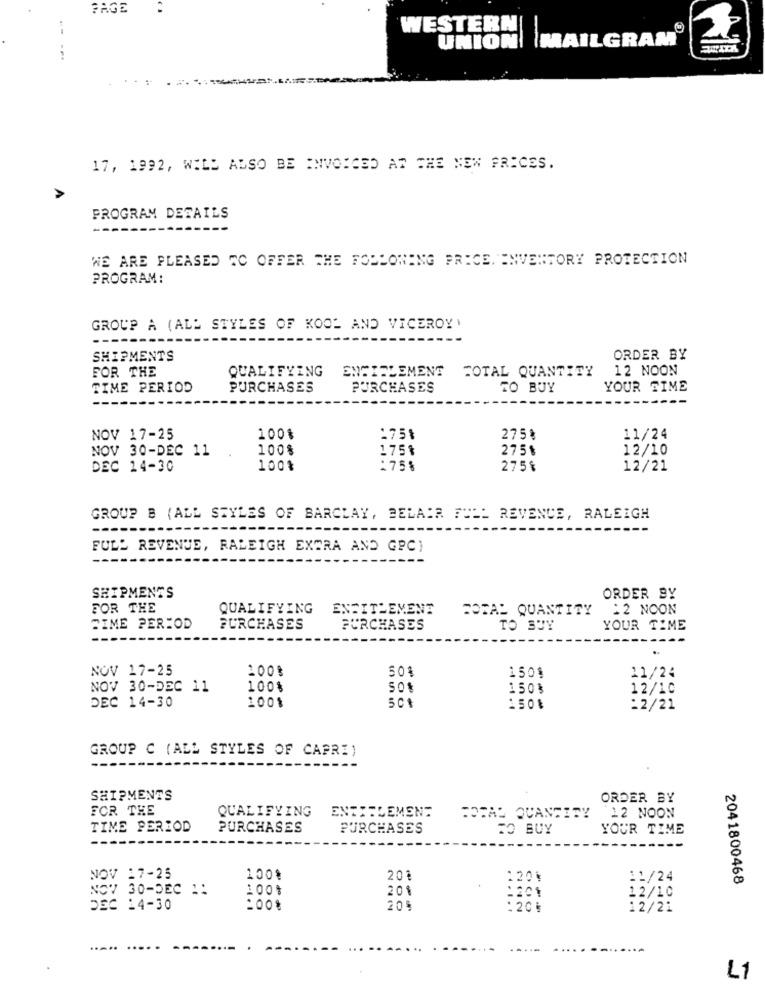
FAGE
WESTERN
UNION| |MAILGRAM
17, 1992, WILD ALSO BE INVOICED AT THE NEW PRICES.
PROGRAM DETAILS
--
WE ARE PLEASED TO OFFER THE FOLLOWING PRICE, INVENTORY PROTECTION
PROGRAM:
GROUP A (ALL STYLES OF KOOL AND VICEROY)
SHIPMENTS
ORDER BY
FOR THE
QUALIFYING
ENTITLEMENT
TOTAL QUANTITY
12 NOON
TIME PERIOD
PURCHASES
PURCHASES
TO BUY
YOUR TIME
--
NOV 17-25
100%
175%
275%
11/24
NOV 30-DEC 11
100%
175%
2751
12/10
DEC 14-30
100%
175%
275៛
12/21
GROUP B (ALL STYLES OF BARCLAY, BELAIR FULL REVENUE, RALEIGH
FULL REVENUE, RALEIGH EXTRA AND GPC)
SHIPMENTS
ORDER BY
FOR THE
QUALIFYING
ENDITLEMENT
TOTAL QUANTITY
12 NOON
DIME PERIOD
PURCHASES
PURCHASES
TO BUY
YOUR TIME
..
NOV 17-25
100%
50%
150$
11/24
NOV 30-DEC 11
100%
1503
12/10
DEC 14-30
1001
5Ct
150%
:2/21
GROUP C (ALL STYLES OF CAPRI)
SHIPMENTS
ORDER BY
FOR THE
QUALIFYING
ENTRELEMENT
TOTAL QUANTITY
12 NOON
TIME PERIOD
PURCHASES
PURCHASES
TO BUY
YOUR TIME
NOV 17-25
100%
201
1201
11/24
2041800468
NOV 30-DEC 1:
100%
201
1201
12/10
DEC 14-30
:00%
20%
:20₺
12/21
L1